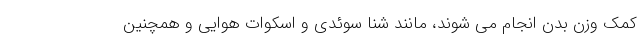
کمک وزن بدن انجام می شوند، مانند شنا سوئدی و اسکوات هوایی و همچنین